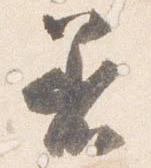
着